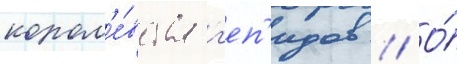
корол'е́вства г'еп'идов // О́